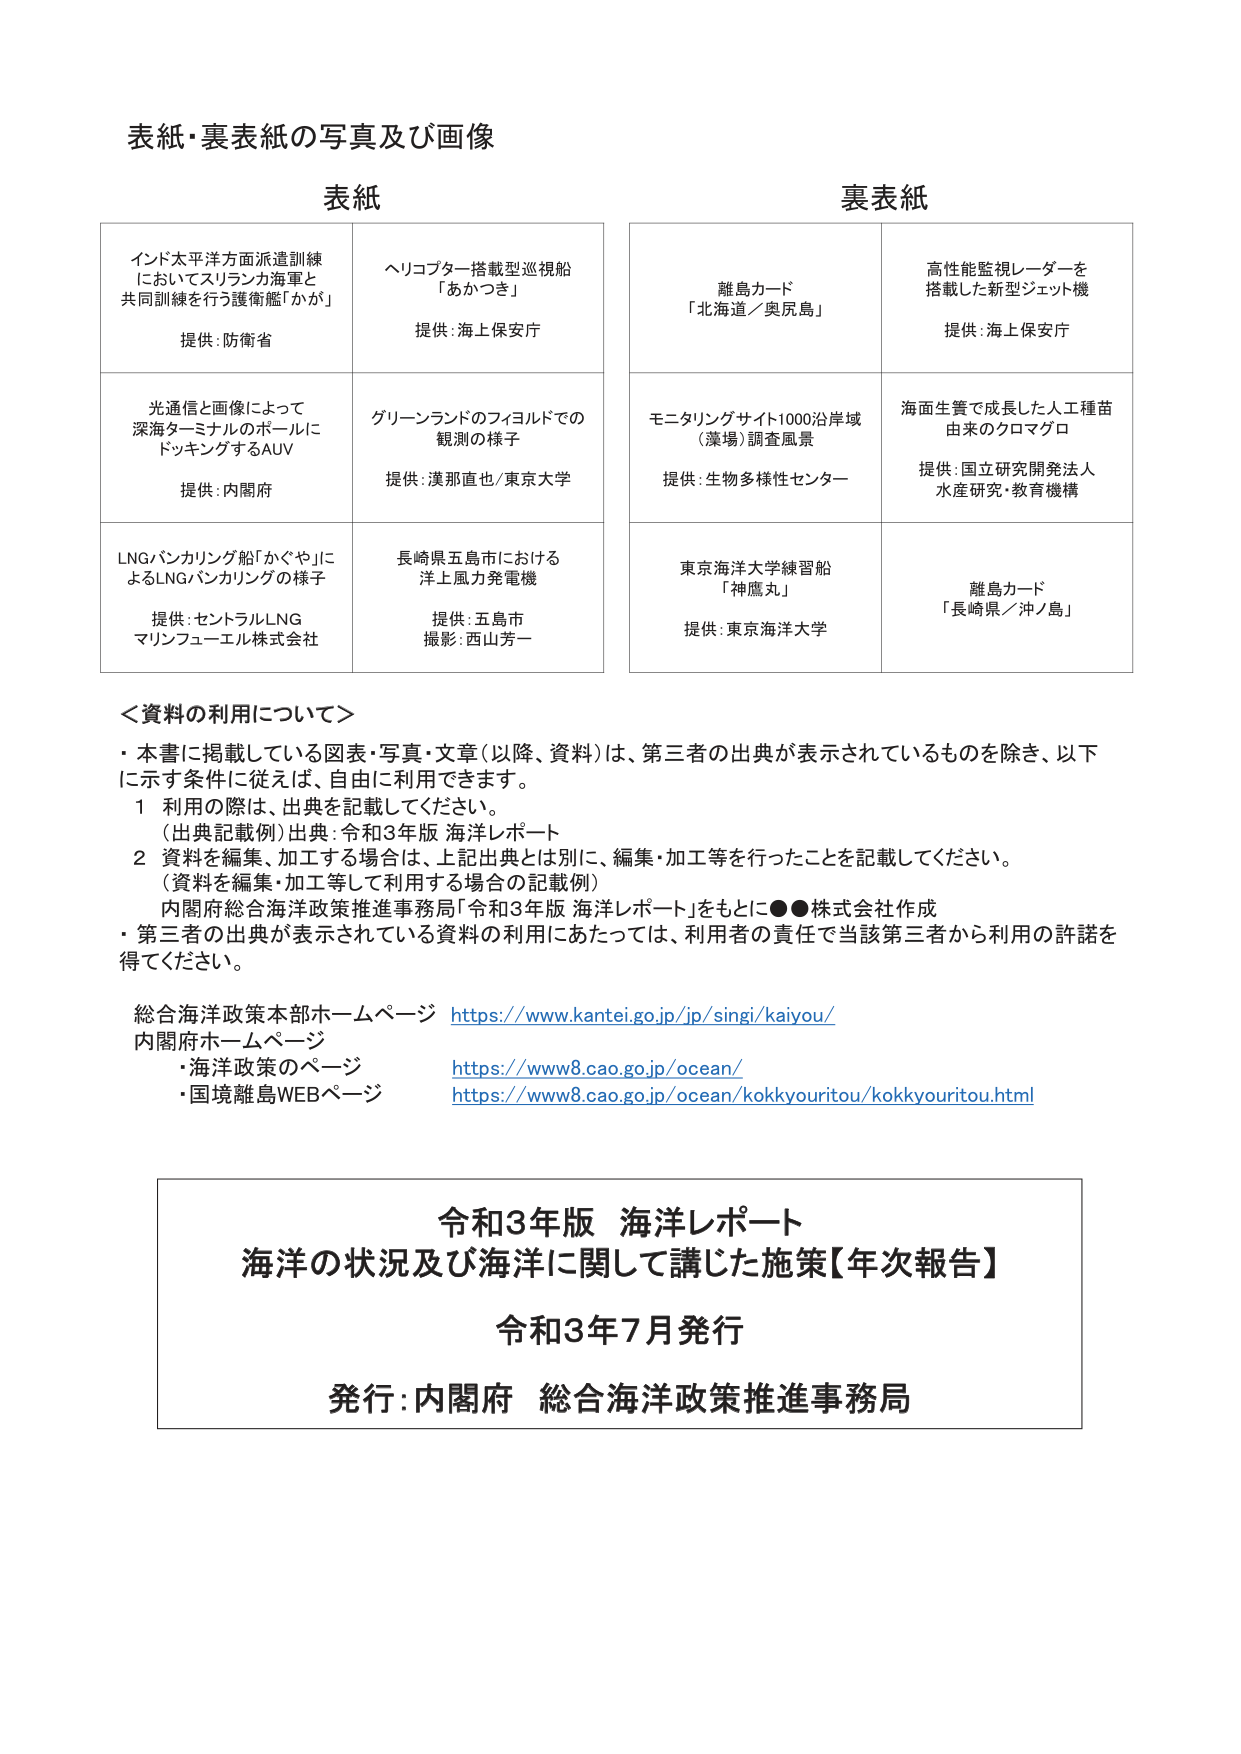
表紙・裏表紙の写真及び画像

表紙

インド太平洋方面派遣訓練
においてスリランカ海軍と
共同訓練を行う護衛艦「かが」
提供：防衛省

ヘリコプター搭載型巡視船
「あかつき」
提供：海上保安庁

光通信と画像によって
深海ターミナルのポールに
ドッキングするAUV
提供：内閣府

グリーンランドのフィヨルドでの
観測の様子
提供：漢那直也／東京大学

LNGバンカリング船「かぐや」に
よるLNGバンカリングの様子
提供：セントラルLNG
マリンフューエル株式会社

長崎県五島市における
洋上風力発電機
提供：五島市
撮影：西山芳一

裏表紙

離島カード
「北海道／奥尻島」

高性能監視レーダーを
搭載した新型ジェット機
提供：海上保安庁

モニタリングサイト1000沿岸域
（藻場）調査風景
提供：生物多様性センター

海面生簀で成長した人工種苗
由来のクロマグロ
提供：国立研究開発法人
水産研究・教育機構

東京海洋大学練習船
「神鷹丸」
提供：東京海洋大学

離島カード
「長崎県／沖ノ島」

＜資料の利用について＞

・本書に掲載している図表・写真・文章（以降、資料）は、第三者の出典が表示されているものを除き、以下に示す条件に従えば、自由に利用できます。

1 利用の際は、出典を記載してください。
（出典記載例）出典：令和3年版 海洋レポート

2 資料を編集・加工する場合は、上記出典とは別に、編集・加工等を行ったことを記載してください。
（資料を編集・加工等して利用する場合の記載例）
内閣府総合海洋政策推進事務局「令和3年版 海洋レポート」をもとに●●株式会社作成

・第三者の出典が表示されている資料の利用にあたっては、利用者の責任で当該第三者から利用の許諾を得てください。

総合海洋政策本部ホームページ https://www.kantei.go.jp/jp/singi/kaiyou/
内閣府ホームページ
・海洋政策のページ https://www8.cao.go.jp/ocean/
・国境離島WEBページ https://www8.cao.go.jp/ocean/kokkyouritou/kokkyouritou.html

令和3年版 海洋レポート
海洋の状況及び海洋に関して講じた施策【年次報告】
令和3年7月発行
発行：内閣府 総合海洋政策推進事務局